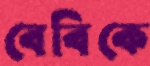
বেবিকে